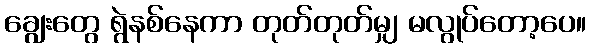
ချွေးတွေ ရွဲနစ်နေကာ တုတ်တုတ်မျှ မလွုပ်တော့ပေ။